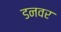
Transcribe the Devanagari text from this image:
डनवर